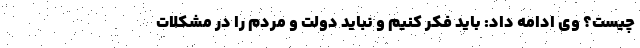
چیست؟ وی ادامه داد: باید فکر کنیم و نباید دولت و مردم را در مشکلات